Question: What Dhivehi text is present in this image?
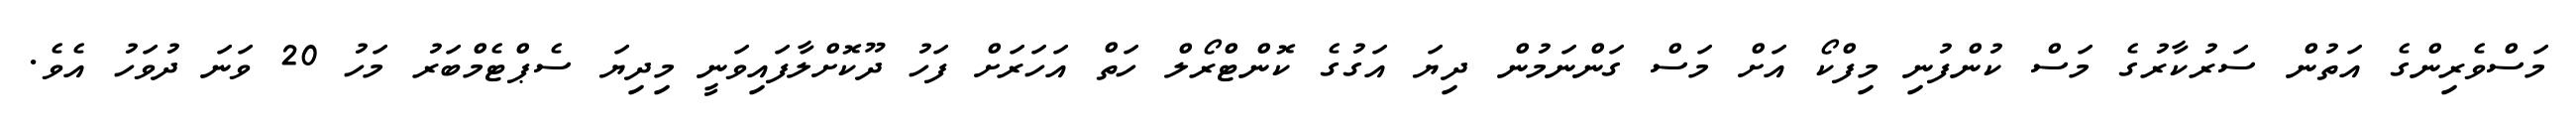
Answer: މަސްވެރިންގެ އަތުން ސަރުކާރުގެ މަސް ކުންފުނި މިފްކޯ އަށް މަސް ގަންނަމުން ދިޔަ އަގުގެ ކޮންޓްރޯލް ހަތް އަހަރަށް ފަހު ދޫކޮށްލާފައިވަނީ މިދިޔަ ސެޕްޓެމްބަރު މަހު 20 ވަނަ ދުވަހު އެވެ.